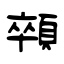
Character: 顇